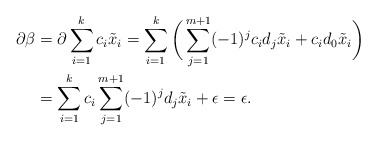
\begin{align*} \partial \beta &= \partial \sum_{i=1}^k c_i\tilde x_i = \sum_{i=1}^k \bigg(\sum_{j=1}^{m+1} (-1)^jc_id_j\tilde x_i + c_id_0\tilde x_i\bigg) \\ &= \sum_{i=1}^k c_i\sum_{j=1}^{m+1}(-1)^jd_j\tilde x_i+ \epsilon = \epsilon. \end{align*}